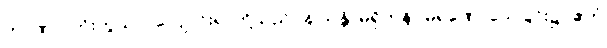
တာဏာ၊ ကိုးကွယ်လဲလျောင်းရာတို့သည်။ န သန္တိ၊ မရှိကုန်။ မရဏေ၊ သေခြင်း၌။ ဧတံ